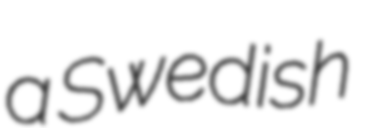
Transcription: a Swedish